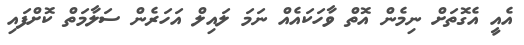
އެއީ އެގޮތަށް ނިމެން އޮތް ވާހަކައެއް ނަމަ ލައިލް އަހަރެން ސަލާމަތް ކޮށްފައި